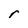
Character: r